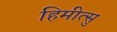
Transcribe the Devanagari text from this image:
हिमीत्सु